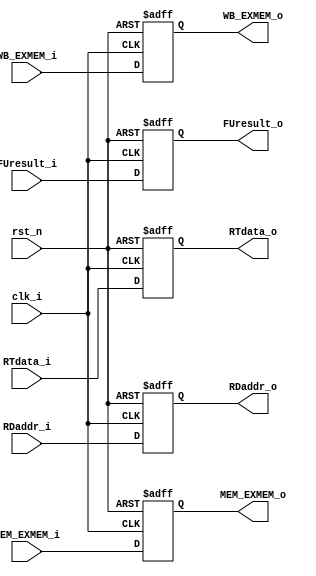
module Pipe_EXMEM (clk_i, rst_n, WB_EXMEM_i, MEM_EXMEM_i, FUresult_i, FUresult_o, RTdata_i, RTdata_o, RDaddr_i, RDaddr_o, WB_EXMEM_o, MEM_EXMEM_o);

// Input and Output
input clk_i;
input rst_n;
input [2-1:0] WB_EXMEM_i; // left bit(MemtoReg), right bit(regWrite)
input [2-1:0] MEM_EXMEM_i; // left bit(memWrite), right bit(memRead)
input [16-1:0] FUresult_i;
input [16-1:0] RTdata_i;
input [3-1:0] RDaddr_i;

output wire [2-1:0] WB_EXMEM_o; // left bit(MemtoReg), right bit(regWrite)
output wire [2-1:0] MEM_EXMEM_o; // left bit(memWrite), right bit(memRead)
output wire [16-1:0] FUresult_o;
output wire [16-1:0] RTdata_o;
output wire [3-1:0] RDaddr_o;

// register to record the values
reg [2-1:0] WB_EXMEM_reg;
reg [2-1:0] MEM_EXMEM_reg;
reg [16-1:0] FUresult_reg;
reg [16-1:0] RTdata_reg;
reg [3-1:0] RDaddr_reg;

// read data in reg
assign WB_EXMEM_o = WB_EXMEM_reg;
assign MEM_EXMEM_o = MEM_EXMEM_reg;
assign FUresult_o = FUresult_reg;
assign RTdata_o = RTdata_reg;
assign RDaddr_o = RDaddr_reg;

// main function
always @(negedge rst_n or posedge clk_i) begin
    if(rst_n == 0)begin
        WB_EXMEM_reg <= 0;
        MEM_EXMEM_reg <= 0;
        FUresult_reg <= 0;
        RTdata_reg <= 0;
        RDaddr_reg <= 0;
    end
    else begin
        WB_EXMEM_reg <= WB_EXMEM_i;
        MEM_EXMEM_reg <= MEM_EXMEM_i;
        FUresult_reg <= FUresult_i;
        RTdata_reg <= RTdata_i;
        RDaddr_reg <= RDaddr_i;
    end
end

//Initialize to 0
initial begin
    WB_EXMEM_reg = 0;
    MEM_EXMEM_reg = 0;
    FUresult_reg = 0;
    RTdata_reg = 0;
    RDaddr_reg = 0;
end
    
endmodule